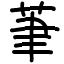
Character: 茟